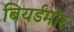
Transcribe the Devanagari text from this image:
बियर्डमोर